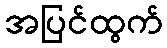
အပြင်ထွက်